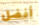
أفضل